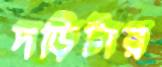
দড়িটার